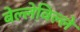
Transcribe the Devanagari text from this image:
बेल्लेविल्ले